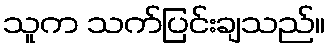
သူက သက်ပြင်းချသည်။